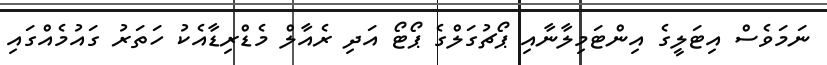
ނަމަވެސް އިޓަލީގެ އިންޓަމިލާނާއި ޕޯޗުގަލްގެ ޕޯޓޯ އަދި ރެއާލް މެޑްރިޑާއެކު ހަތަރު ގައުމެއްގައި